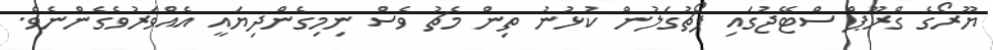
ޔޫރޯގެ ގްރޫޕް ސްޓޭޖުގައި ޕޯޗުގަލުން ކުޅުނު ތިން މެޗު ވެސް ނިމިގެންދިޔައީ އެއްވަރުވެގެންނެވެ.